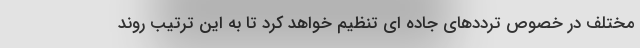
مختلف در خصوص ترددهای جاده ای تنظیم خواهد کرد تا به این ترتیب روند